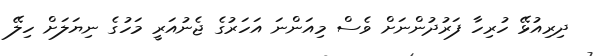
ދިރިއުޅޭ ހުރިހާ ފަރުދުންނަށް ވެސް މިއަންނަ އަހަރުގެ ޖެނުއަރީ މަހުގެ ނިޔަލަށް ހިލޭ